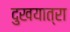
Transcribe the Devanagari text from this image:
दुखयात्रा